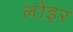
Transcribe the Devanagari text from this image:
लोइर